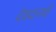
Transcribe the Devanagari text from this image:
देवदानवों